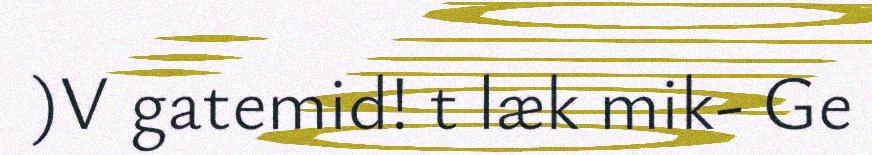
)V gatemid! t læk mik- Ge